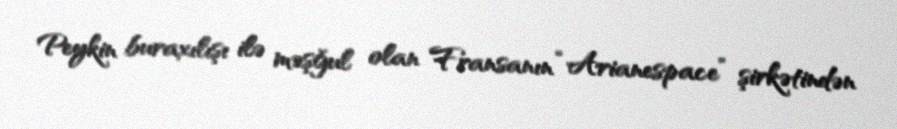
Peykin buraxılışı ilə məşğul olan Fransanın “Arianespace” şirkətindən